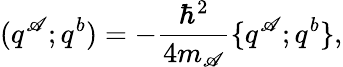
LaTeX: (q^{\mathscr{A}};q^{b})=-{\frac{{\hbar^{2}}}{{4m_{\mathscr{A}}}}}\{ q^{\mathscr{A}};q^{b}\} ,